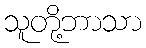
သူတို့ဘာသာ